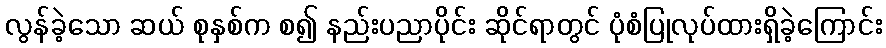
လွန်ခဲ့သော ဆယ် စုနှစ်က စ၍ နည်းပညာပိုင်း ဆိုင်ရာတွင် ပုံစံပြုလုပ်ထားရှိခဲ့ကြောင်း